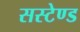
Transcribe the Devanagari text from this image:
सस्टेण्ड